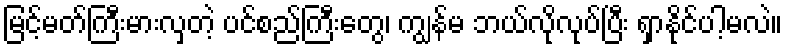
မြင့်မတ်ကြီးမားလှတဲ့ ပင်စည်ကြီးတွေ၊ ကျွန်မ ဘယ်လိုလုပ်ပြီး ရှာနိုင်ပါ့မလဲ။